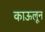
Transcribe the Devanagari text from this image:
काऊलून